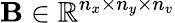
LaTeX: \mathbf{B}\in\mathbb{R}^{n_{x}\times n_{y}\times n_{v}}